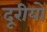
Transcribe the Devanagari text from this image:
दूरीयों